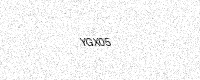
Text: YGX05